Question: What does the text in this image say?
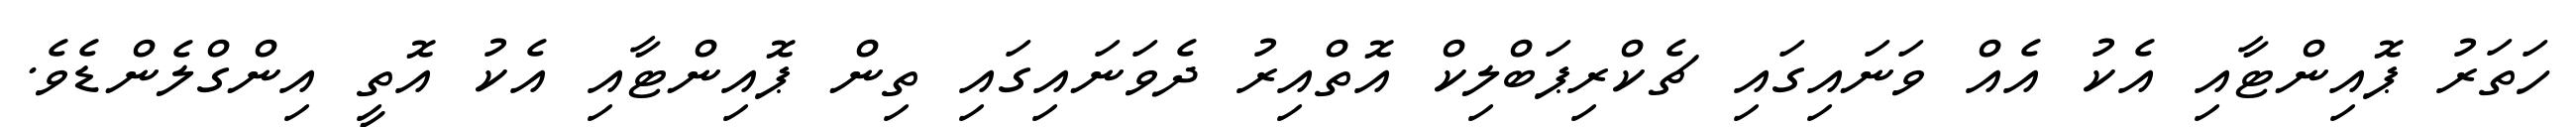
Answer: ހަތަރު ޕޮއިންޓާއި އެކު އެއް ވަނައިގައި ޗެކްރިޕަބްލިކް އޮތްއިރު ދެވަނައިގައި ތިން ޕޮއިންޓާއި އެކު އޮތީ އިންގްލެންޑެވެ.